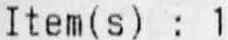
ITEM(S) : 1